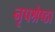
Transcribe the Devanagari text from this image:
नृपश्रेष्ठा